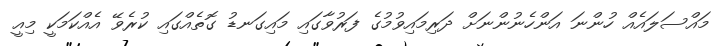
މައްސަލައެއް ހުންނަ އަންހެނުންނަށް ދަރިމައިވުމުގެ ފަރުވާގައި މައިގަނޑު ގޮތެއްގައި ކުރެވޭ އެއްކަމަކީ މިއީ